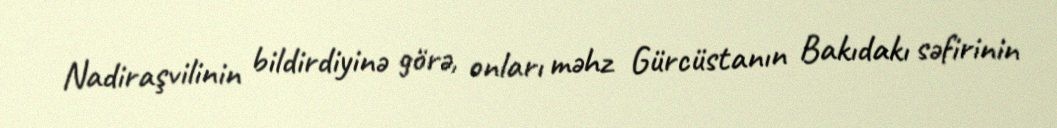
Nadiraşvilinin bildirdiyinə görə, onları məhz Gürcüstanın Bakıdakı səfirinin